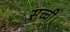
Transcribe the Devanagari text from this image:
सच्ची।